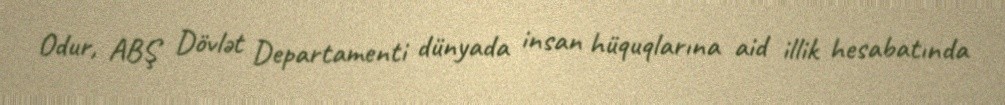
Odur, ABŞ Dövlət Departamenti dünyada insan hüquqlarına aid illik hesabatında